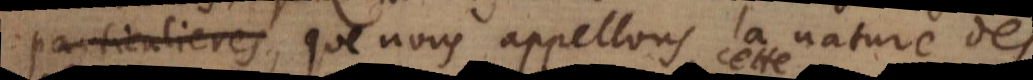
subalternes, que nous appellons la nature des